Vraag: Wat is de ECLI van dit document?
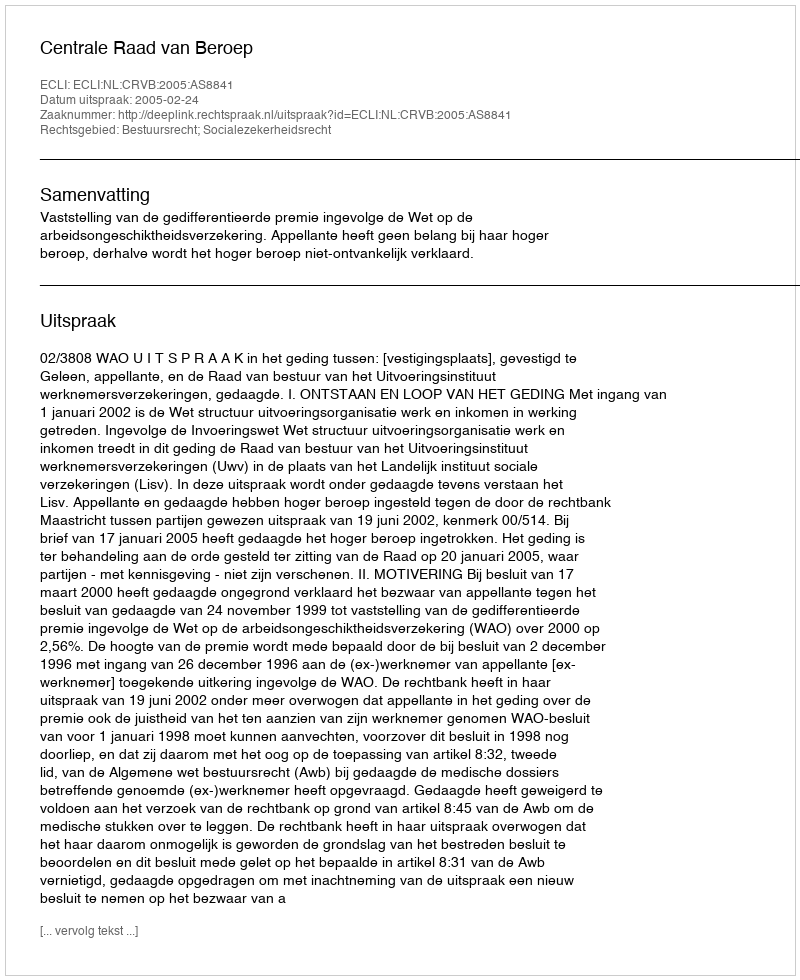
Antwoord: ECLI:NL:CRVB:2005:AS8841